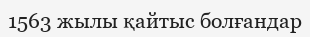
1563 жылы қайтыс болғандар